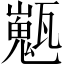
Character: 𤮞